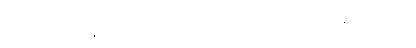
ရှမ်းစစ်သားများနှစ်ယောက်ရပ်လျက် ဒီဆိုတိုးကားကြီးတစ်စင်းနှင့်တွေ့သည်။